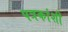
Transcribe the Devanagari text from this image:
पत्रकांशी